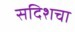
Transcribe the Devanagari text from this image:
सदिशचा